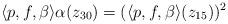
LaTeX: \begin{align*} \langle p, f, \beta\rangle \alpha(z_{30}) = (\langle p, f, \beta\rangle(z_{15}))^2 \end{align*}